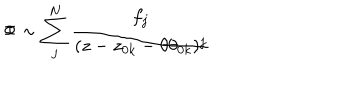
LaTeX: \Phi \sim \sum _ { j } ^ { N } \frac { f _ { j } } { ( z - z _ { 0 k } - \theta \theta _ { 0 k } ) ^ { j } }